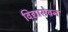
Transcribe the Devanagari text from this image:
विद्यासेवन